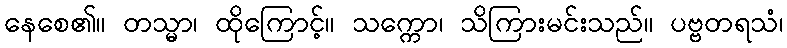
နေစေ၏။ တသ္မာ၊ ထိုကြောင့်။ သက္ကော၊ သိကြားမင်းသည်။ ပဗ္ဗတရသံ၊